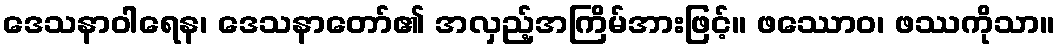
ဒေသနာဝါရေန၊ ဒေသနာတော်၏ အလှည့်အကြိမ်အားဖြင့်။ ဖဿောဝ၊ ဖဿကိုသာ။